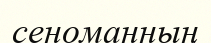
сеноманның